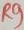
Text: R9